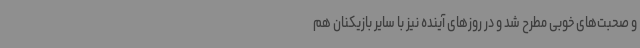
و صحبت‌های خوبی مطرح شد و در روزهای آینده نیز با سایر بازیکنان هم